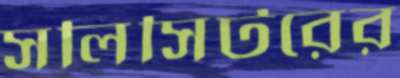
সলিসিটরের